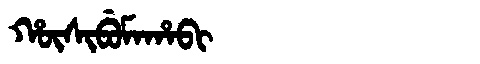
Manchu: ᡥᡡᠰᡳᠪᡠᠮᠠᡥᠠᠪᡳ
Romanization: HŪSIBUMAHABI